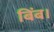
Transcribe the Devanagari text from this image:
बिंब।